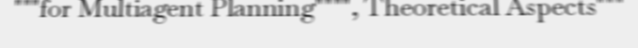
"""for Multiagent Planning"""", Theoretical Aspects"""